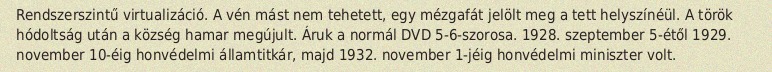
Rendszerszintű virtualizáció. A vén mást nem tehetett, egy mézgafát jelölt meg a tett helyszínéül. A török hódoltság után a község hamar megújult. Áruk a normál DVD 5-6-szorosa. 1928. szeptember 5-étől 1929. november 10-éig honvédelmi államtitkár, majd 1932. november 1-jéig honvédelmi miniszter volt.